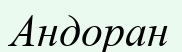
Андоран